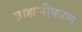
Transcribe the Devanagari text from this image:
ब्राह्मणीकरण